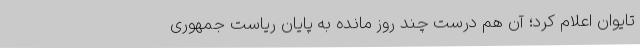
تایوان اعلام کرد؛ آن هم درست چند روز مانده به پایان ریاست جمهوری